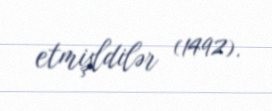
etmişldilər (1492).